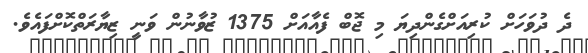
ދެ ދުވަހަށް ކުރިއަށްގެންދިޔަ މި ޖޮބް ފެއާއަށް 1375 ޒުވާނުން ވަނީ ޒިޔާރަތްކޮށްފައެވެ.